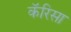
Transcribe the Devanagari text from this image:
कॅरिसा